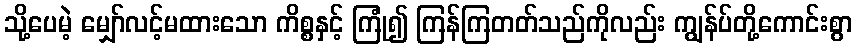
သို့ပေမဲ့ မျှော်လင့်မထားသော ကိစ္စနှင့် ကြုံ၍ ကြန်ကြတတ်သည်ကိုလည်း ကျွန်ပ်တို့ကောင်းစွာ